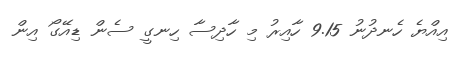
އިއްޔެ ހެނދުނު 9.15 ހާއިރު މި ހާދިސާ ހިނގީ ސެން ޑިއޭގޯ އިން